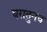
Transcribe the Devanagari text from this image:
घरातुनच